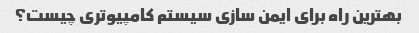
بهترین راه برای ایمن سازی سیستم کامپیوتری چیست؟